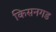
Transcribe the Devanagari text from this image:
किसनगड